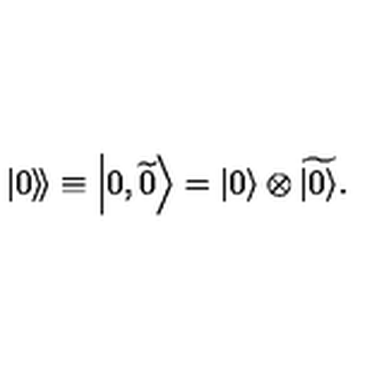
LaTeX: \left. \left| 0 \right\rangle \! \right\rangle \equiv \left| 0 , \widetilde { 0 } \right\rangle = \left| 0 \right\rangle \otimes \widetilde { \left| 0 \right\rangle } .